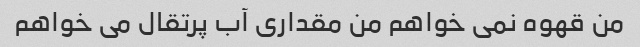
من قهوه نمی خواهم من مقداری آب پرتقال می خواهم